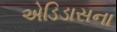
એડિડાસના